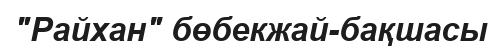
"Райхан" бөбекжай-бақшасы